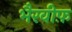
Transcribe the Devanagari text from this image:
भैरवीफ़